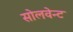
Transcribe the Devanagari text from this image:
सोलवेन्ट